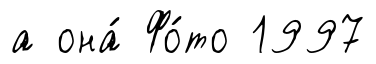
а она́ Фо́то 1997